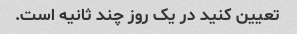
تعیین کنید در یک روز چند ثانیه است.